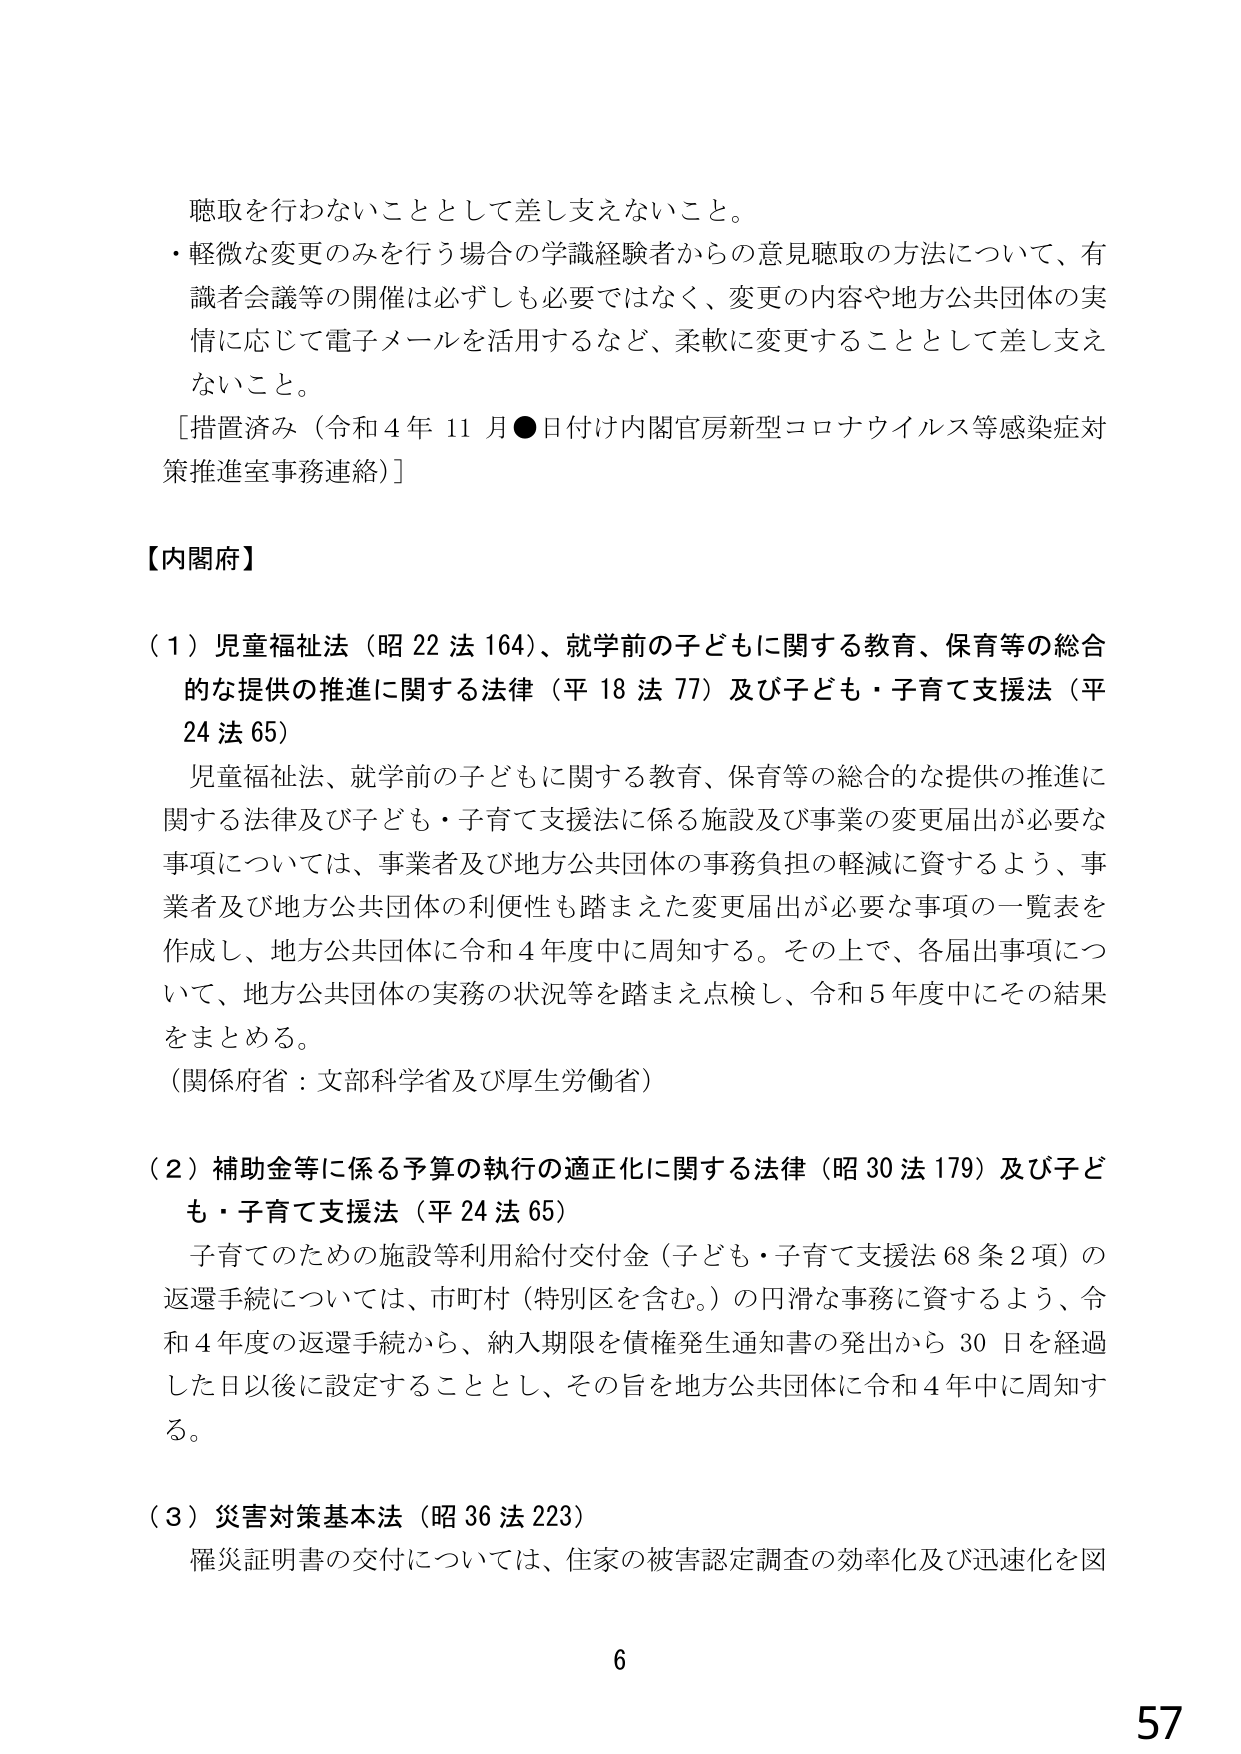
聴取を行わないこととして差し支えないこと。
・軽微な変更のみを行う場合の学識経験者からの意見聴取の方法について、有識者会議等の開催は必ずしも必要ではなく、変更の内容や地方公共団体の実情に応じて電子メールを活用するなど、柔軟に変更することとして差し支えないこと。
［措置済み（令和４年11月●日付け内閣官房新型コロナウイルス等感染症対策推進室事務連絡）］

【内閣府】

（１）児童福祉法（昭22法164）、就学前の子どもに関する教育、保育等の総合的な提供の推進に関する法律（平18法77）及び子ども・子育て支援法（平24法65）
児童福祉法、就学前の子どもに関する教育、保育等の総合的な提供の推進に関する法律及び子ども・子育て支援法に係る施設及び事業の変更届出が必要な事項については、事業者及び地方公共団体の事務負担の軽減に資するよう、事業者及び地方公共団体の利便性も踏まえた変更届出が必要な事項の一覧表を作成し、地方公共団体に令和４年度中に周知する。その上で、各届出事項について、地方公共団体の実務の状況等を踏まえ点検し、令和５年度中にその結果をまとめる。
（関係府省：文部科学省及び厚生労働省）

（２）補助金等に係る予算の執行の適正化に関する法律（昭30法179）及び子ども・子育て支援法（平24法65）
子育てのための施設等利用給付交付金（子ども・子育て支援法68条2項）の返還手続については、市町村（特別区を含む。）の円滑な事務に資するよう、令和４年度の返還手続から、納入期限を債権発生通知書の発出から30日を経過した日以後に設定することとし、その旨を地方公共団体に令和４年中に周知する。

（３）災害対策基本法（昭36法223）
罹災証明書の交付については、住家の被害認定調査の効率化及び迅速化を図

6
57